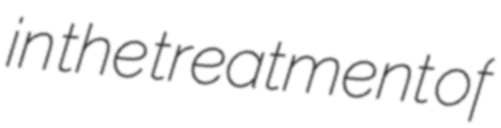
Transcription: in the treatment of